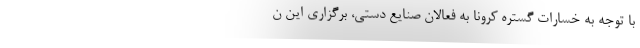
با توجه به خسارات گستره کرونا به فعالان صنایع دستی، برگزاری این ن